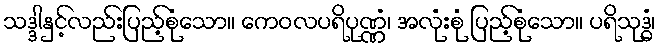
သဒ္ဒါနှင့်လည်းပြည့်စုံသော။ ကေဝလပရိပုဏ္ဏံ၊ အလုံးစုံ ပြည့်စုံသော။ ပရိသုဒ္ဓံ၊